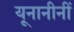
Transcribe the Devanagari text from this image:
यूनानीनीं